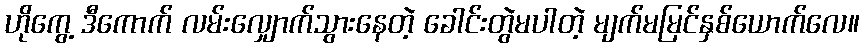
ဟိုကွေ့ ဒီကောက် လမ်းလျှောက်သွားနေတဲ့ ခေါင်းတွဲမပါတဲ့ မျက်မမြင်နှစ်ယောက်လေ။